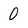
Character: 0